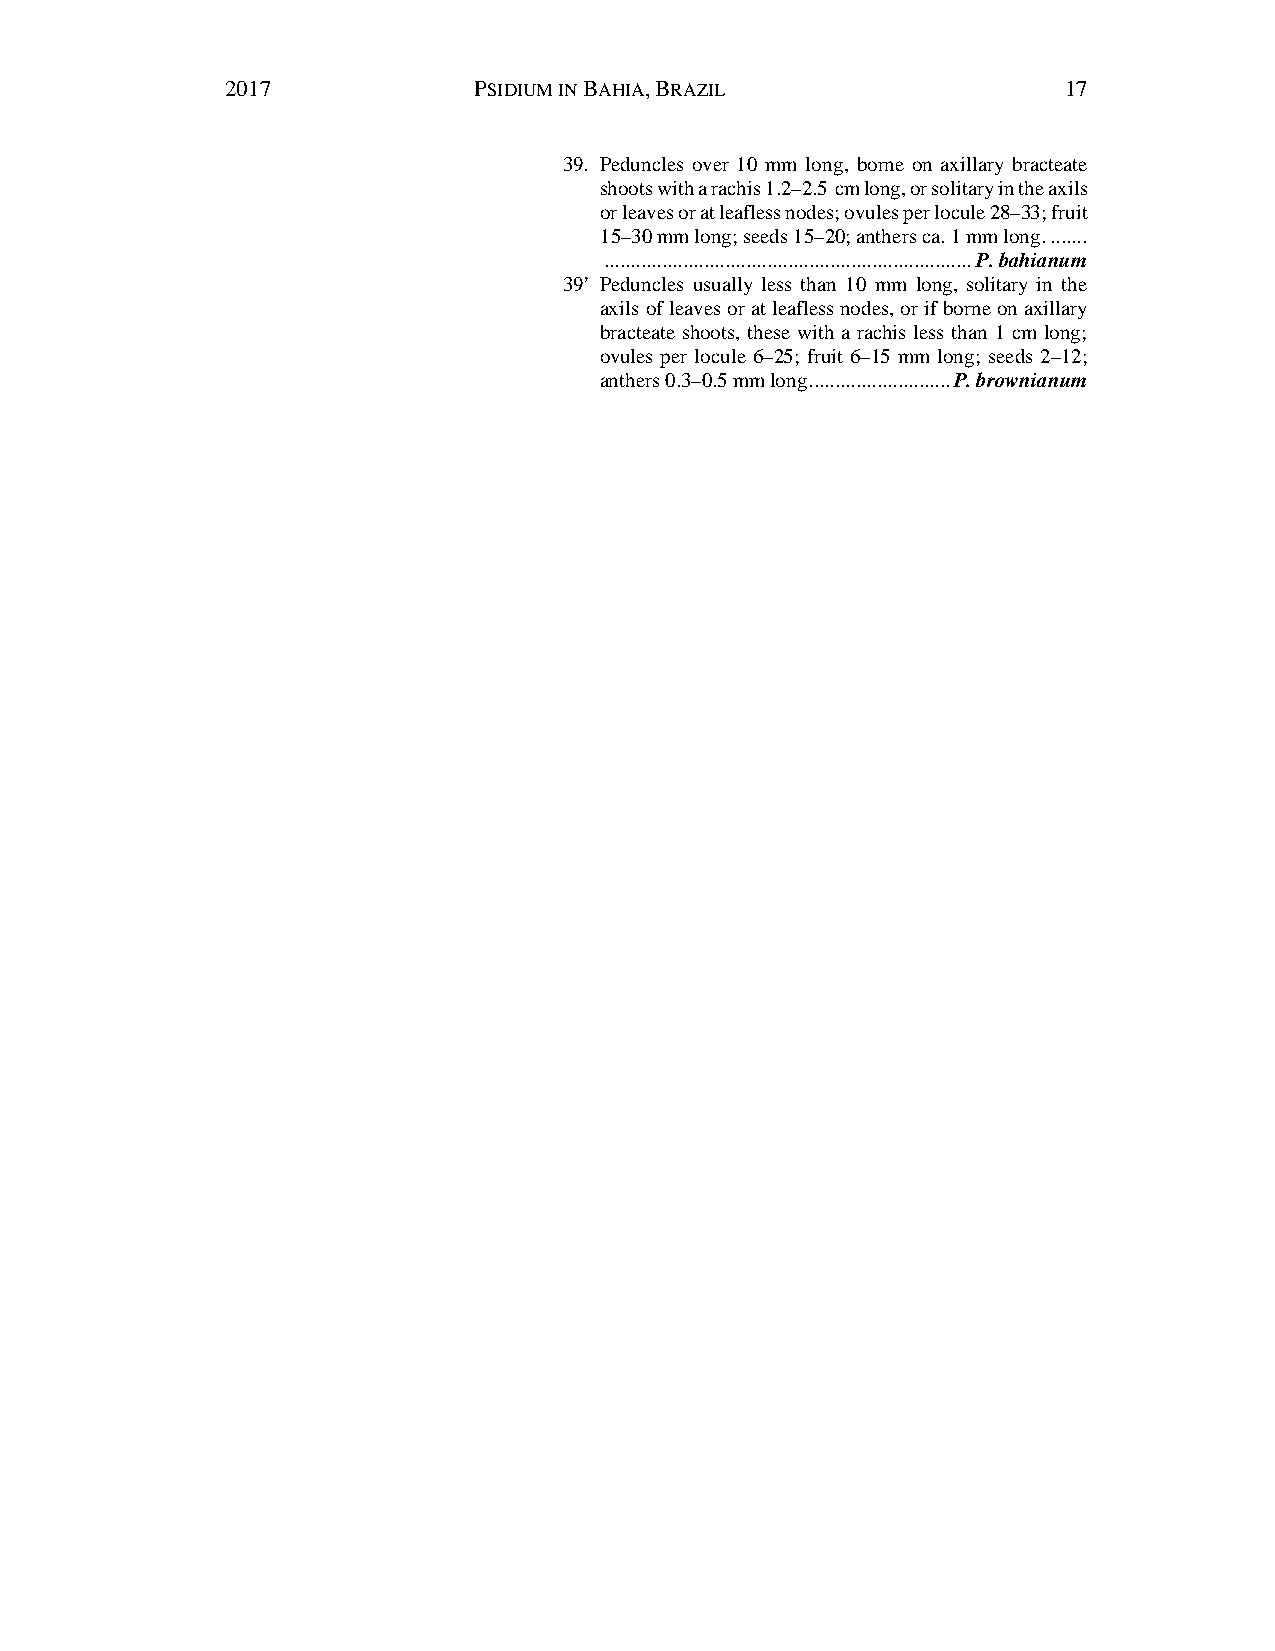
2017            PSIDIUM IN BAHIA, BRAZIL               17
 39. Peduncles over 10 mm long, borne on axillary bracteate
 shoots with a rachis 1.2–2.5 cm long, or solitary in the axils
 or leaves or at leafless nodes; ovules per locule 28–33; fruit
 15–30 mm long; seeds 15–20; anthers ca. 1 mm long. .......
 ...................................................................... P. bahianum
 39’ Peduncles usually less than 10 mm long, solitary in the
 axils of leaves or at leafless nodes, or if borne on axillary
 bracteate shoots, these with a rachis less than 1 cm long;
 ovules per locule 6–25; fruit 6–15 mm long; seeds 2–12;
 anthers 0.3–0.5 mm long. .......................... P. brownianum